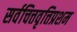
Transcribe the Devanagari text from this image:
सर्वचित्तवृत्तिप्रशम